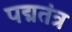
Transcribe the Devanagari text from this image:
पद्मतंत्र